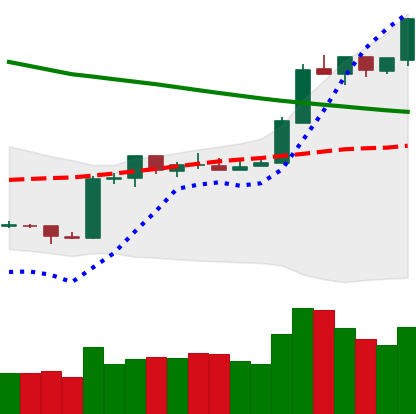
Ticker: ETH-USD
Chart end date: 2019-02-23
Forward return: -13.885%
Label: down_7plus